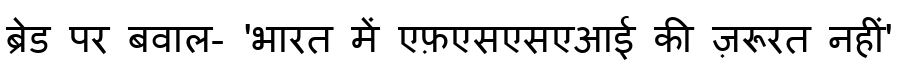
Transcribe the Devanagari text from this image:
ब्रेड पर बवाल- 'भारत में एफ़एसएसएआई की ज़रूरत नहीं'